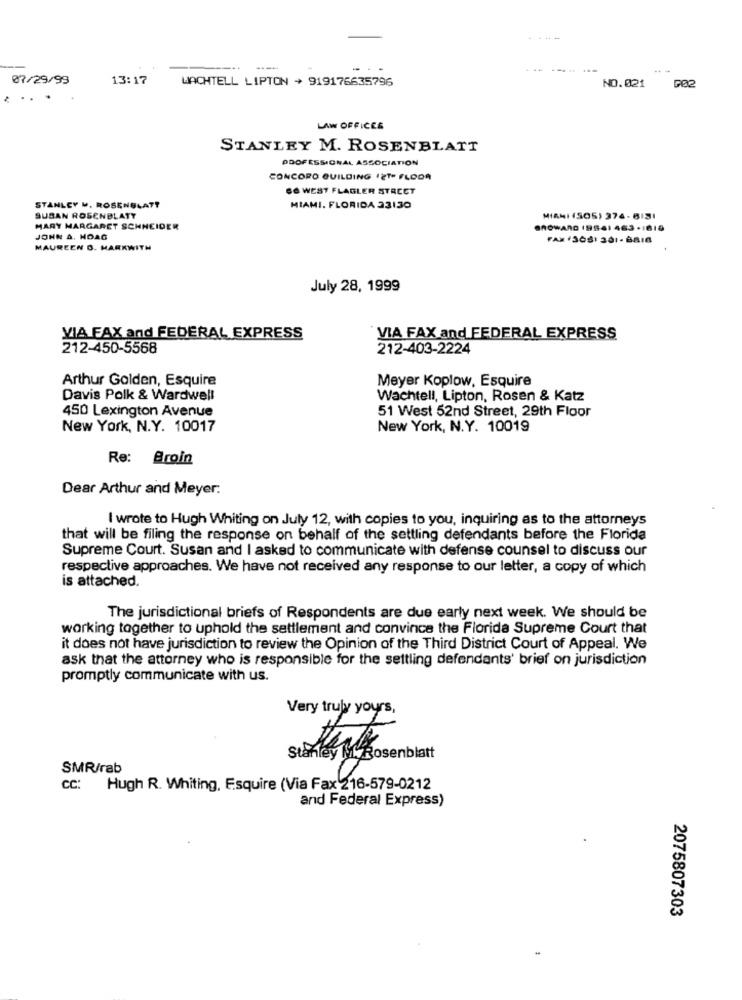
--
07/29/99
13:17
WACHTELL LIPTON + 919176635796
NO.021
. .. .
LAW OFFICES
STANLEY M. ROSENBLATT
PROFESSIONAL ASSOCIATION
CONCORD BUILDING 12TH FLOOR
S& WEST FLAGLER STRECT
STANLEY M. ROSENBLATT
MIAMI, FLORIDA 23130
SUSAN ROSENBLATT
MIAMI (505) 374- 6131
MARY MARGARET SCHNEIDER
BROWARD 19541 463 -1619
JOHN A. HOAG
FAX (308) 301-8816
MAUREEN O. MARKWITH
.
July 28, 1999
VIA FAX and FEDERAL EXPRESS
VIA FAX and FEDERAL EXPRESS
212-450-5568
212-403-2224
Arthur Golden, Esquire
Meyer Koplow, Esquire
Davis Polk & Wardwell
Wachtell, Lipton, Rosen & Katz
450 Lexington Avenue
51 West 52nd Street, 29th Floor
New York, N.Y. 10017
New York, N.Y. 10019
Re: Broin
Dear Arthur and Meyer:
I wrote to Hugh Whiting on July 12, with copies to you, inquiring as to the attorneys
that will be filing the response on behalf of the settling defendants before the Florida
Supreme Court. Susan and I asked to communicate with defense counsel to discuss our
respective approaches. We have not received any response to our letter, a copy of which
is attached.
The jurisdictional briefs of Respondents are due early next week. We should be
working together to uphold the settlement and convince the Florida Supreme Court that
it does not have jurisdiction to review the Opinion of the Third District Court of Appeal. We
ask that the attorney who is responsible for the settling defendants' brief on jurisdiction
promptly communicate with us.
Very truly yours,
SMR/rab
CC: Hugh R. Whiting, Esquire (Via Fax 216-579-0212
and Federal Express)
2075807303